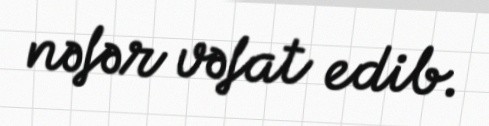
nəfər vəfat edib.